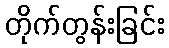
တိုက်တွန်းခြင်း